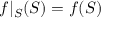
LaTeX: f | _ { S } ( S ) = f ( S )